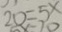
2 0 = 5 x